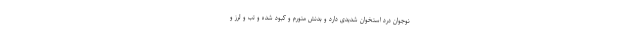
نوجوان درد استخوان شدیدی دارد و بدنش متورم و کبود شده و تب و لرز و